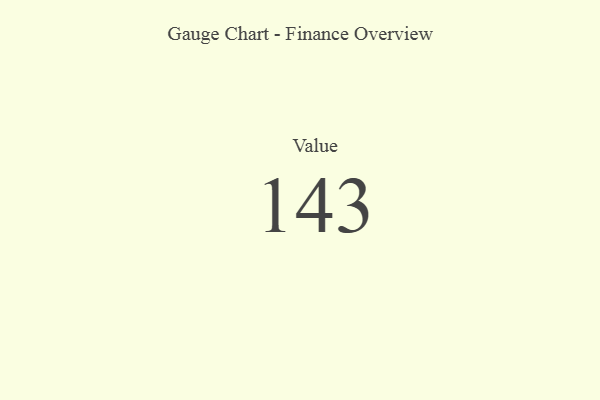
{"axis": {"x": "Metric", "y": "Value"}, "legend": [""], "data": [{"x": "Value", "y": 143, "type": ""}]}